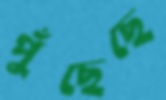
পুঁছেছে